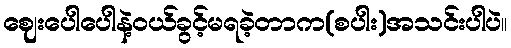
ဈေးပေါပေါနဲ့ဝယ်ခွင့်မရခဲ့တာက(စပါး)အသင်းပါပဲ။